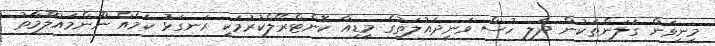
މިނިވަން ގަލަންތަކުން ދެލި ހުސް ވަނީދައުލަތުގެ މީޑިއާ ކޮންޓްރޯލްކުރުމަކީ ރަނގަޅު ކަމެއް ނޫންމައުލޫމާތު